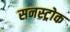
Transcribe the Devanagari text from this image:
सनस्ट्रोक